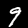
Digit: 9